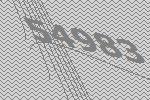
54983